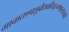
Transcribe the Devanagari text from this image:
गावात१पशुवैद्यकीयरुग्णालयआहे